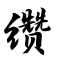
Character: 缵